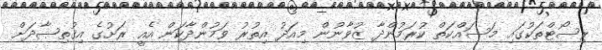
ރިސޯޓްތަކުގައި މަސައްކަތް ކުރަމުންދާ ޒުވާނުން މިއަދު އިތުރު ވަމުންދާކަން އެއީ ރަށުގެ އިޤުތިޞާދަށް